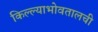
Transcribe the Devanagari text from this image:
किल्ल्याभोवतालची